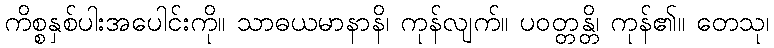
ကိစ္စနှစ်ပါးအပေါင်းကို။ သာဓယမာနာနိ၊ ကုန်လျက်။ ပဝတ္တန္တိ၊ ကုန်၏။ တေသု၊